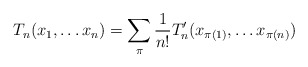
\begin{align*}T_n(x_1,\ldots x_n)=\sum_{\pi} \frac{1}{n!} T'_n(x_{\pi (1)}, \ldots x_{\pi (n)})\end{align*}